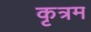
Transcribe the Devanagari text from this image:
कृत्रम